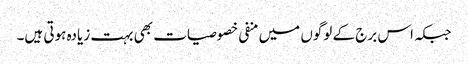
جبکہ اس برج کے لوگوں میں منفی خصوصیات بھی بہت زیادہ ہوتی ہیں۔